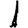
Digit: 1